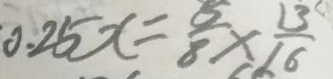
. 0 . 2 5 x = \frac { 5 } { 8 } \times \frac { 1 3 } { 1 6 }